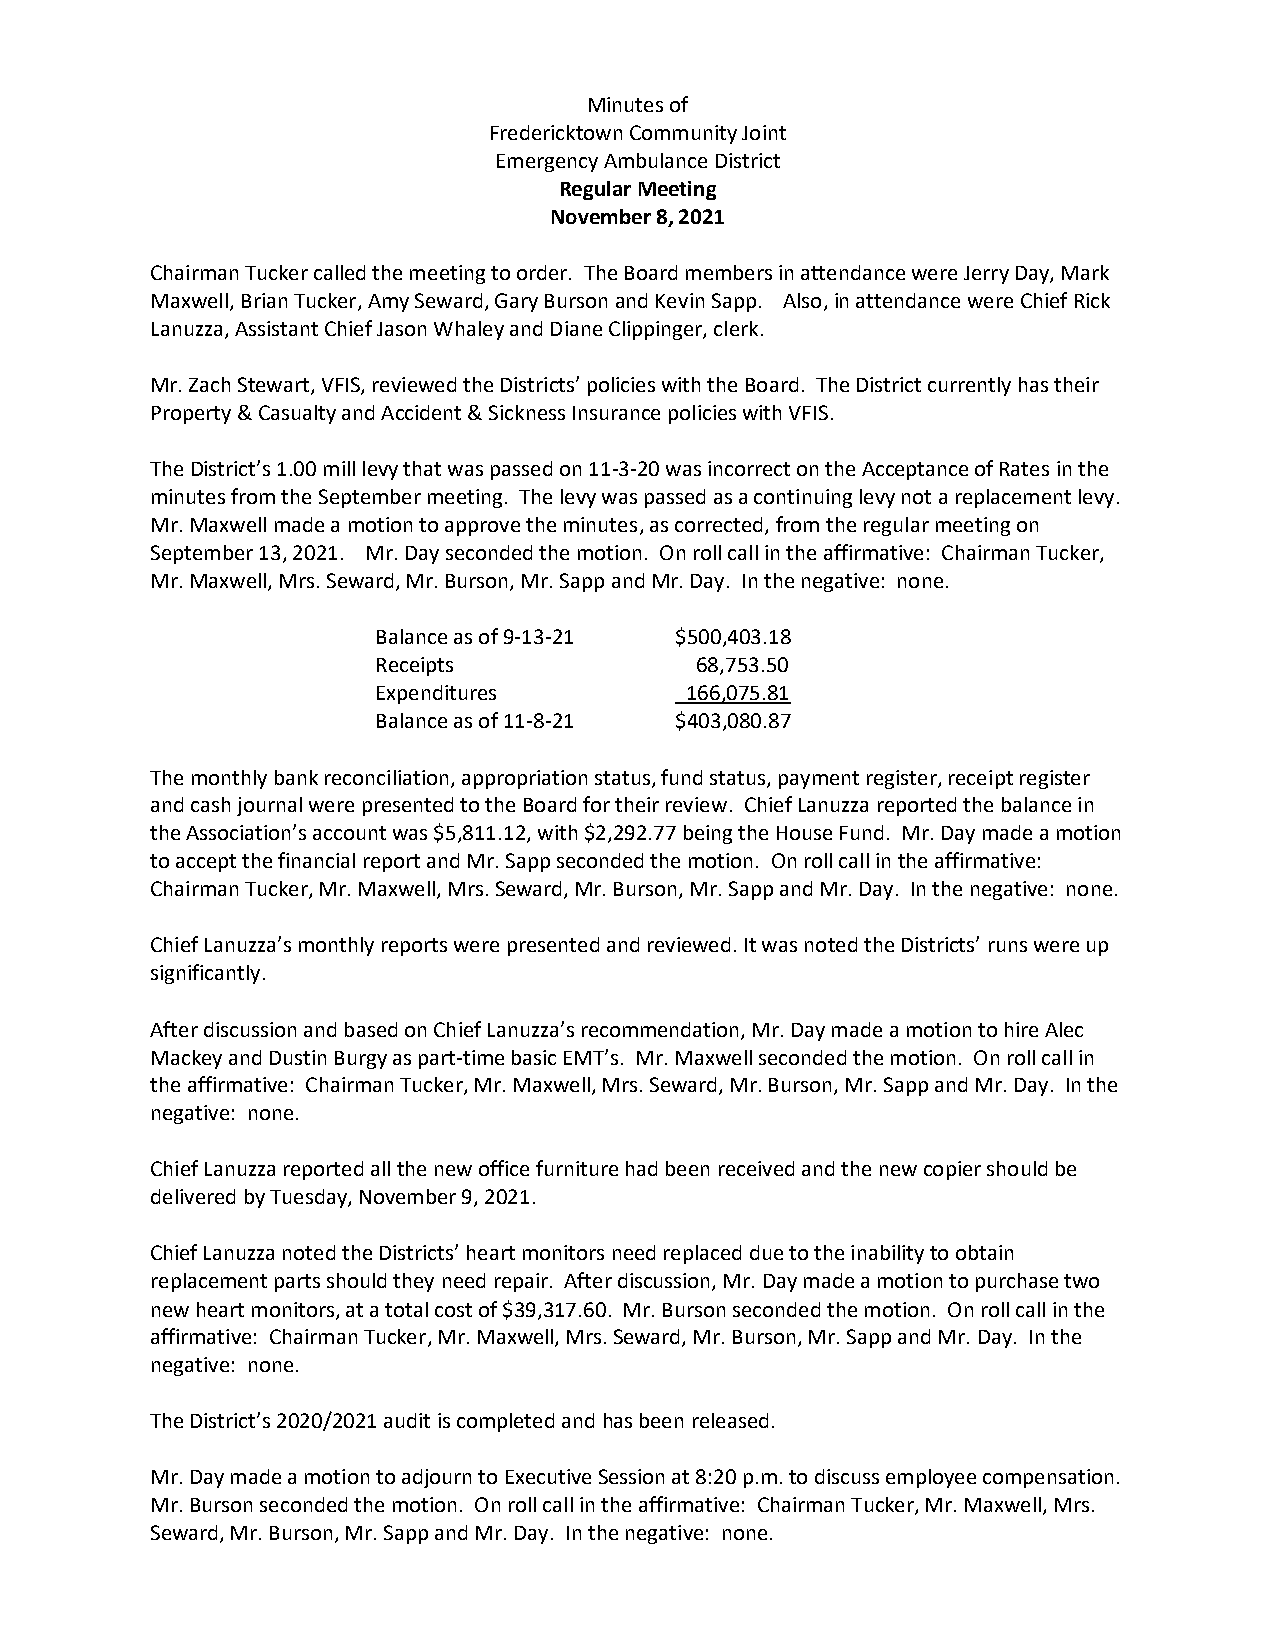
Minutes of
 Fredericktown Community Joint
 Emergency Ambulance District
 Regular Meeting
 November 8, 2021
 Chairman Tucker called the meeting to order. The Board members in attendance were Jerry Day, Mark
 Maxwell, Brian Tucker, Amy Seward, Gary Burson and Kevin Sapp. Also, in attendance were Chief Rick
 Lanuzza, Assistant Chief Jason Whaley and Diane Clippinger, clerk.
 Mr. Zach Stewart, VFIS, reviewed the Districts’ policies with the Board. The District currently has their
 Property & Casualty and Accident & Sickness Insurance policies with VFIS.
 The District’s 1.00 mill levy that was passed on 11-3-20 was incorrect on the Acceptance of Rates in the
 minutes from the September meeting. The levy was passed as a continuing levy not a replacement levy.
 Mr. Maxwell made a motion to approve the minutes, as corrected, from the regular meeting on
 September 13, 2021. Mr. Day seconded the motion. On roll call in the affirmative: Chairman Tucker,
 Mr. Maxwell, Mrs. Seward, Mr. Burson, Mr. Sapp and Mr. Day. In the negative: none.
 Balance as of 9-13-21 $500,403.18
 Receipts             68,753.50
 Expenditures        166,075.81
 Balance as of 11-8-21 $403,080.87
 The monthly bank reconciliation, appropriation status, fund status, payment register, receipt register
 and cash journal were presented to the Board for their review. Chief Lanuzza reported the balance in
 the Association’s account was $5,811.12, with $2,292.77 being the House Fund. Mr. Day made a motion
 to accept the financial report and Mr. Sapp seconded the motion. On roll call in the affirmative:
 Chairman Tucker, Mr. Maxwell, Mrs. Seward, Mr. Burson, Mr. Sapp and Mr. Day. In the negative: none.
 Chief Lanuzza’s monthly reports were presented and reviewed. It was noted the Districts’ runs were up
 significantly.
 After discussion and based on Chief Lanuzza’s recommendation, Mr. Day made a motion to hire Alec
 Mackey and Dustin Burgy as part-time basic EMT’s. Mr. Maxwell seconded the motion. On roll call in
 the affirmative: Chairman Tucker, Mr. Maxwell, Mrs. Seward, Mr. Burson, Mr. Sapp and Mr. Day. In the
 negative: none.
 Chief Lanuzza reported all the new office furniture had been received and the new copier should be
 delivered by Tuesday, November 9, 2021.
 Chief Lanuzza noted the Districts’ heart monitors need replaced due to the inability to obtain
 replacement parts should they need repair. After discussion, Mr. Day made a motion to purchase two
 new heart monitors, at a total cost of $39,317.60. Mr. Burson seconded the motion. On roll call in the
 affirmative: Chairman Tucker, Mr. Maxwell, Mrs. Seward, Mr. Burson, Mr. Sapp and Mr. Day. In the
 negative: none.
 The District’s 2020/2021 audit is completed and has been released.
 Mr. Day made a motion to adjourn to Executive Session at 8:20 p.m. to discuss employee compensation.
 Mr. Burson seconded the motion. On roll call in the affirmative: Chairman Tucker, Mr. Maxwell, Mrs.
 Seward, Mr. Burson, Mr. Sapp and Mr. Day. In the negative: none.